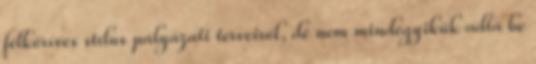
félköríves stílus pályázati terveiről, de nem mindegyikük adta be